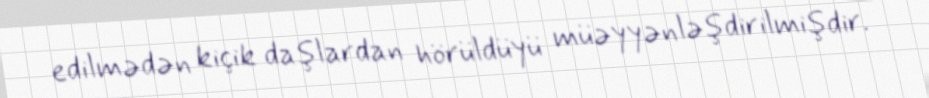
edilmədən kiçik daşlardan hörüldüyü müəyyənləşdirilmişdir.